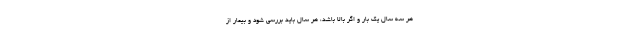
هر سه سال یک بار و اگر بالا باشد، هر سال باید بررسی شود و بیمار از